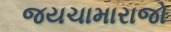
જયચામારાજો